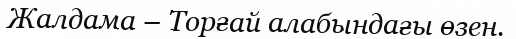
Жалдама – Торғай алабындағы өзен.